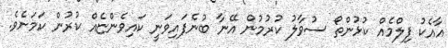
އާއެކު ފިލްމެއް ކުޅުންތޯ ސުވާލު ކުރުމުން އޭނާ ބުނެފައިވަނީ ކައިވެންޏެއް ކުރުން ކަމަށެވެ.